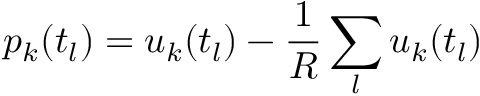
p _ { k } ( t _ { l } ) = u _ { k } ( t _ { l } ) - \frac { 1 } { R } \sum _ { l } u _ { k } ( t _ { l } )